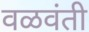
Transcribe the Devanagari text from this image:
वळवंती